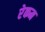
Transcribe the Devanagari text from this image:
रेकम